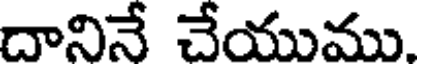
దానినే చేయుము.